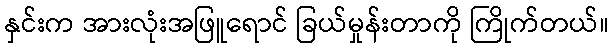
နှင်းက အားလုံးအဖြူရောင် ခြယ်မှုန်းတာကို ကြိုက်တယ်။